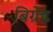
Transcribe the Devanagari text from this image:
बिग्रेड